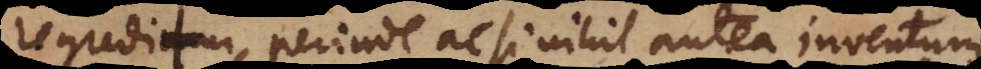
regreditur, perinde ac si nihil antea inventum